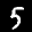
Label: 5